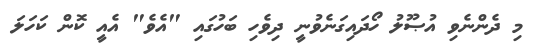
މި ދެންނެވި އުޞޫލު ހޯދައިގަނެވުނީ ދިވެހި ބަހުގައި "އެވެ" އެއީ ކޮން ކަހަލަ